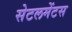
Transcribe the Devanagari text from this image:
सेटलमेंटस